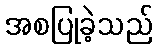
အစပြုခဲ့သည်